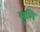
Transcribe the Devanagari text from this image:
भूमि